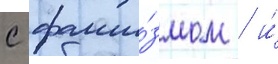
с фаши́змом / и́